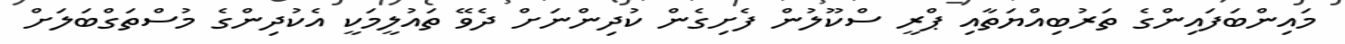
މައިންބަފައިންގެ ތަރުބިއްޔަތާއި ޕްރީ ސްކޫލުން ފެށިގެން ކުދިންނަށް ދެވޭ ތައުލީމަކީ އެކުދިންގެ މުސްތަގްބަލަށް